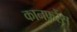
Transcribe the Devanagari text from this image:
कानफ़रेंस